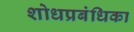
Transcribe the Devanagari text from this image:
शोधप्रबंधिका